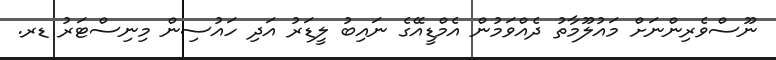
ނޫސްވެރިންނަށް މައުލޫމާތު ދެއްވަމުން އެމްޑީއޭގެ ނައިބު ލީޑަރު އަދި ހައުސިން މިނިސްޓަރު ޑރ.